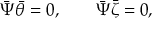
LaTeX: \bar { \Psi } \bar { \theta } = 0 , \qquad \bar { \Psi } \bar { \zeta } = 0 ,